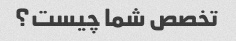
تخصص شما چیست؟